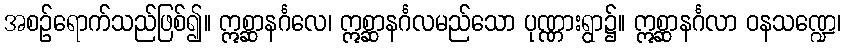
အစဉ်ရောက်သည်ဖြစ်၍။ ဣစ္ဆာနင်္ဂလေ၊ ဣစ္ဆာနင်္ဂလမည်သော ပုဏ္ဏားရွာ၌။ ဣစ္ဆာနင်္ဂလာ ဝနသဏ္ဍေ၊